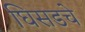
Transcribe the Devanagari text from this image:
घिसडचे